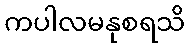
ကပါလမနုစရသိ